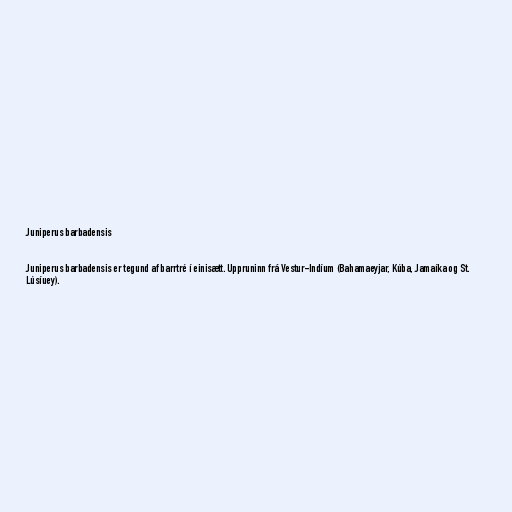
Juniperus barbadensis

Juniperus barbadensis er tegund af barrtré í einisætt. Uppruninn frá Vestur-Indíum (Bahamaeyjar, Kúba, Jamaíka og St.
Lúsíuey).